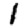
Digit: 1